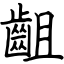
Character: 齟